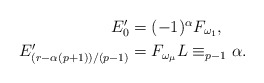
\begin{align*}\textstyle E_0' & \textstyle =(-1)^\alpha F_{\omega_1}, \\\textstyle E_{(r-\alpha(p+1))/(p-1)}' & \textstyle=F_{\omega_\mu} L \equiv_{p-1} \alpha.\end{align*}